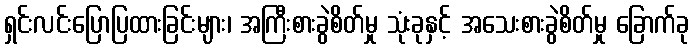
ရှင်းလင်းပြောပြထားခြင်းများ၊ အကြီးစားခွဲစိတ်မှု သုံးခုနှင့် အသေးစားခွဲစိတ်မှု ခြောက်ခု